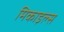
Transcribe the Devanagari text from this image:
मिकाइल्स